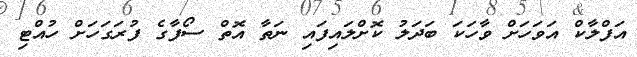
އަފްލާކް އަވަހަށް ވާހަކަ ބަދަލު ކޮށްލައިފައި ނަތާ އޮތް ސޯފާގެ ފުރަގަހަށް ހުއްޓި